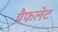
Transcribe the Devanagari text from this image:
पैफलेट